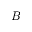
B